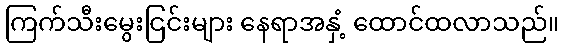
ကြက်သီးမွေးငြင်းများ နေရာအနှံ့ ထောင်ထလာသည်။